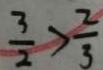
\frac { 3 } { 2 } > \frac { 2 } { 3 }